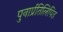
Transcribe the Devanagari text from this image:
पुनार्प्रतिलिपित